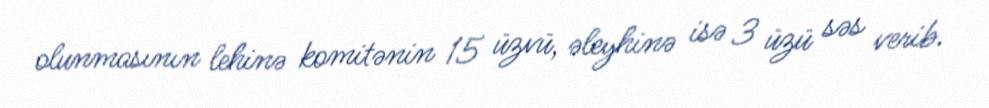
olunmasının lehinə komitənin 15 üzvü, əleyhinə isə 3 üzü səs verib.